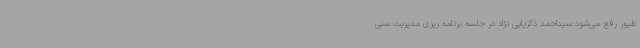
طیور رفع می‌شود سیداحمد ذکریایی نژاد در جلسه برنامه ریزی مدیریت سنی